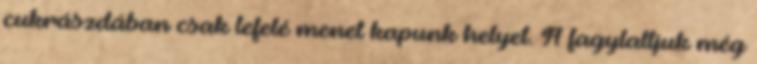
cukrászdában csak lefelé menet kapunk helyet. A fagylaltjuk még